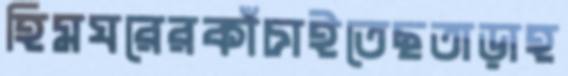
হিমঘরেরকাঁচাইতেছতাড়াহ